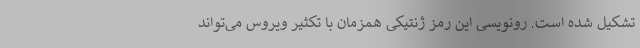
تشکیل شده است. رونویسی این رمز ژنتیکی همزمان با تکثیر ویروس می‌تواند